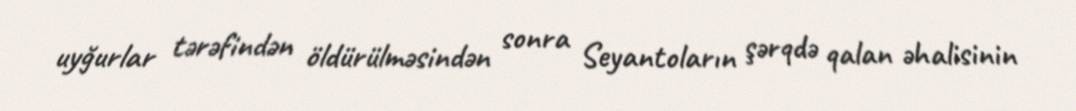
uyğurlar tərəfindən öldürülməsindən sonra Seyantoların şərqdə qalan əhalisinin